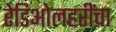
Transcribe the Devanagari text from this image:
रेडिओलहरींचा